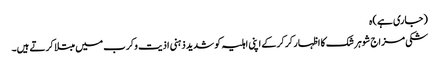
(جاری ہے) ہ
شکی مزاج شوہر شک کا اظہار کرکرکے اپنی اہلیہ کو شدید ذہنی اذیت وکرب میں مبتلا کرتے ہیں۔